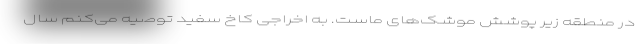
در منطقه زیر پوشش موشک‌های ماست. به اخراجی کاخ سفید توصیه می‌کنم سال